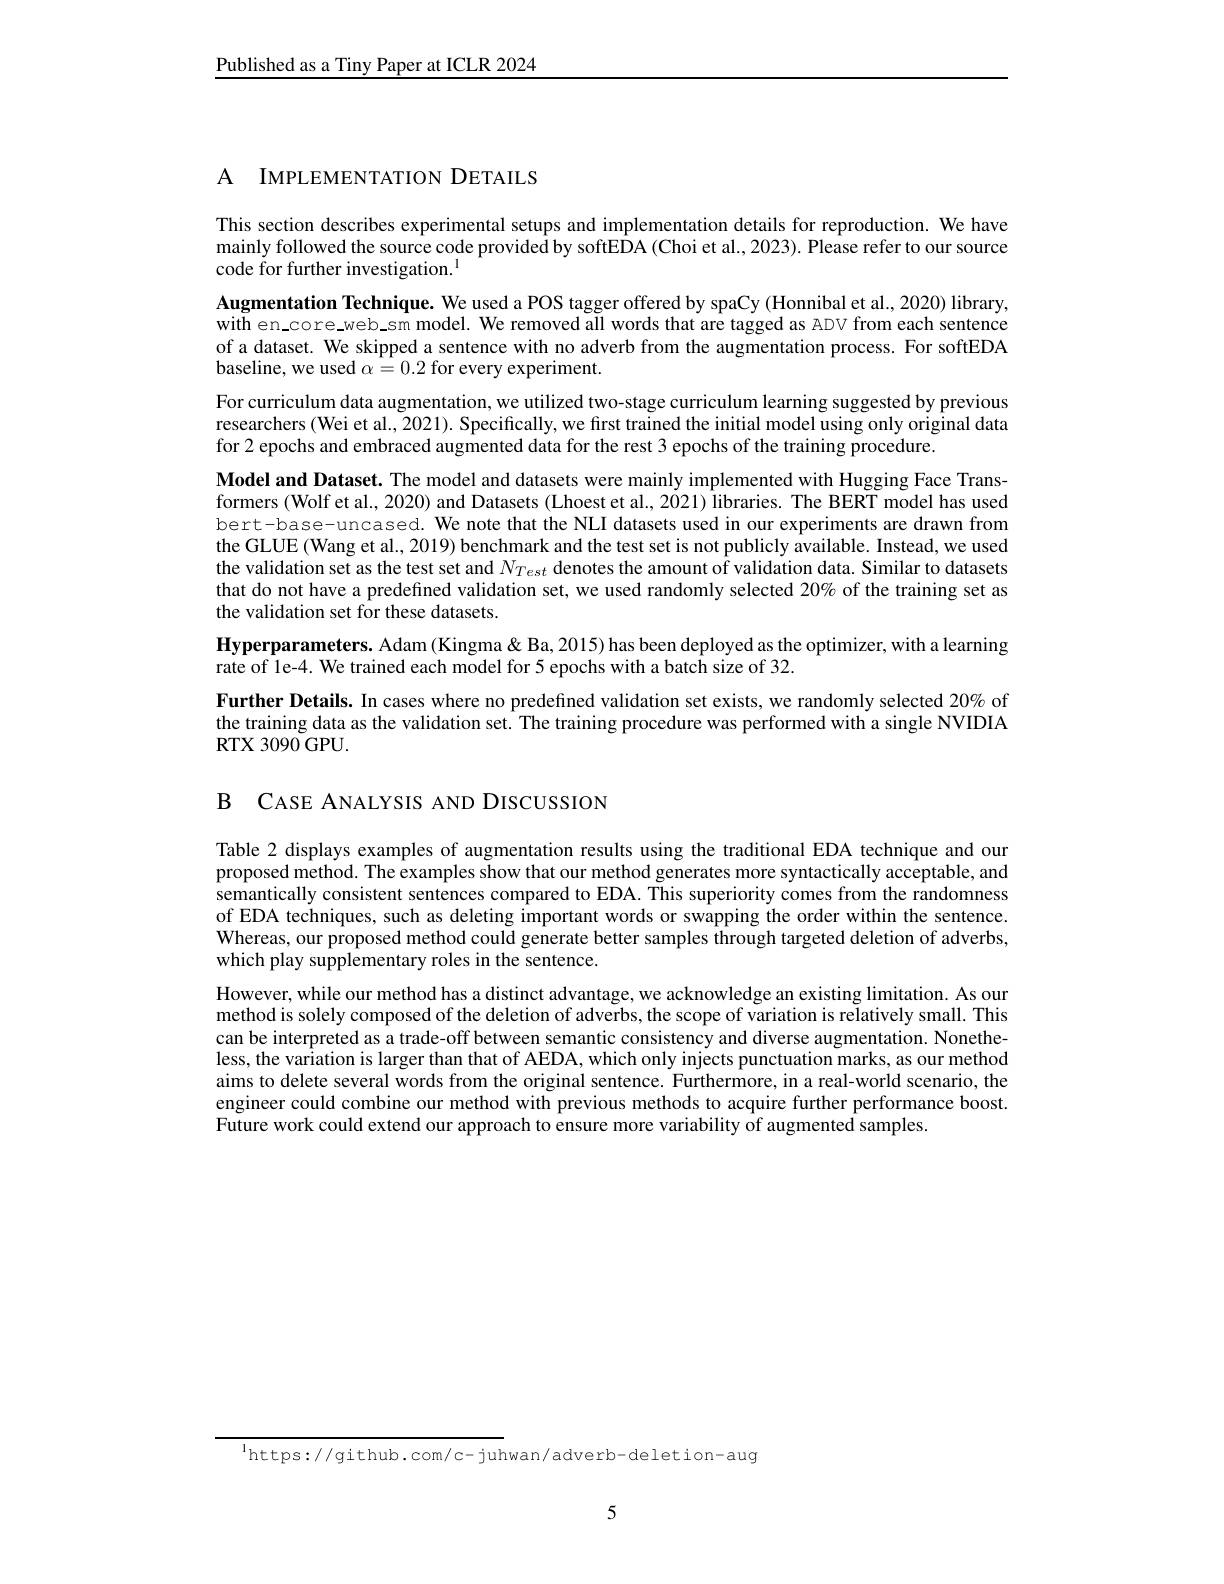
Published as a Tiny Paper at ICLR 2024

A IMPLEMENTATION DETAILS

This section describes experimental setups and implementation details for reproduction. We have mainly followed the source code provided by softEDA (Choi et al., 2023). Please refer to our source code for further investigation.$^{\mathrm{l}}$
Augmentation Technique. We used a POS tagger offered by spaCy (Honnibal et al., 2020) library, with en\_core\_web\_sm model. We removed all words that are tagged as ADV from each sentence of a dataset. We skipped a sentence with no adverb from the augmentation process. For softEDA baseline, we used $\alpha=0.2$ for every experiment.
For curriculum data augmentation, we utilized two-stage curriculum learning suggested by previous researchers (Wei et al., 2021). Specifically, we first trained the initial model using only original data for 2 epochs and embraced augmented data for the rest 3 epochs of the training procedure.
Model and Dataset. The model and datasets were mainly implemented with Hugging Face Transformers (Wolf et al., 2020) and Datasets (Lhoest et al., 2021) libraries. The BERT model has used bert-base-uncased. We note that the NLI datasets used in our experiments are drawn from the GLUE (Wang et al., 2019) benchmark and the test set is not publicly available. Instead, we used the validation set as the test set and $N_{Test}$ denotes the amount of validation data. Similar to datasets that do not have a predefined validation set, we used randomly selected 20% of the training set as the validation set for these datasets.
$\textbf{Hyperparameters. Adam }($Kingma & Ba, 2015) has been deployed as the optimizer, with a learning
rate of le-4. We trained each model for 5 epochs with a batch size of 32.
Further Details. In cases where no predefined validation set exists, we randomly selected 20% of the training data as the validation set. The training procedure was performed with a single NVIDIA RTX 3090 GPU.

B CASE ANALYSIS AND DISCUSSION

Table 2 displays examples of augmentation results using the traditional EDA technique and our proposed method. The examples show that our method generates more syntactically acceptable, and semantically consistent sentences compared to EDA. This superiority comes from the randomness of EDA techniques, such as deleting important words or swapping the order within the sentence. Whereas, our proposed method could generate better samples through targeted deletion of adverbs, which play supplementary roles in the sentence.
However, while our method has a distinct advantage, we acknowledge an existing limitation. As our method is solely composed of the deletion of adverbs, the scope of variation is relatively small. This can be interpreted as a trade-off between semantic consistency and diverse augmentation. Nonetheless, the variation is larger than that of AEDA, which only injects punctuation marks, as our method aims to delete several words from the original sentence. Furthermore, in a real-world scenario, the engineer could combine our method with previous methods to acquire further performance boost. Future work could extend our approach to ensure more variability of augmented samples

$^{\mathrm{l}}$https://github.com/c-juhwan/adverb-deletion-aug

5